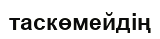
таскөмейдің